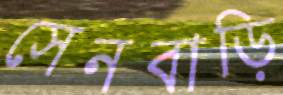
সেনবাড়ি